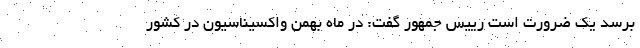
برسد یک ضرورت است رییس جمهور گفت: در ماه بهمن واکسیناسیون در کشور